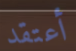
أعتقد